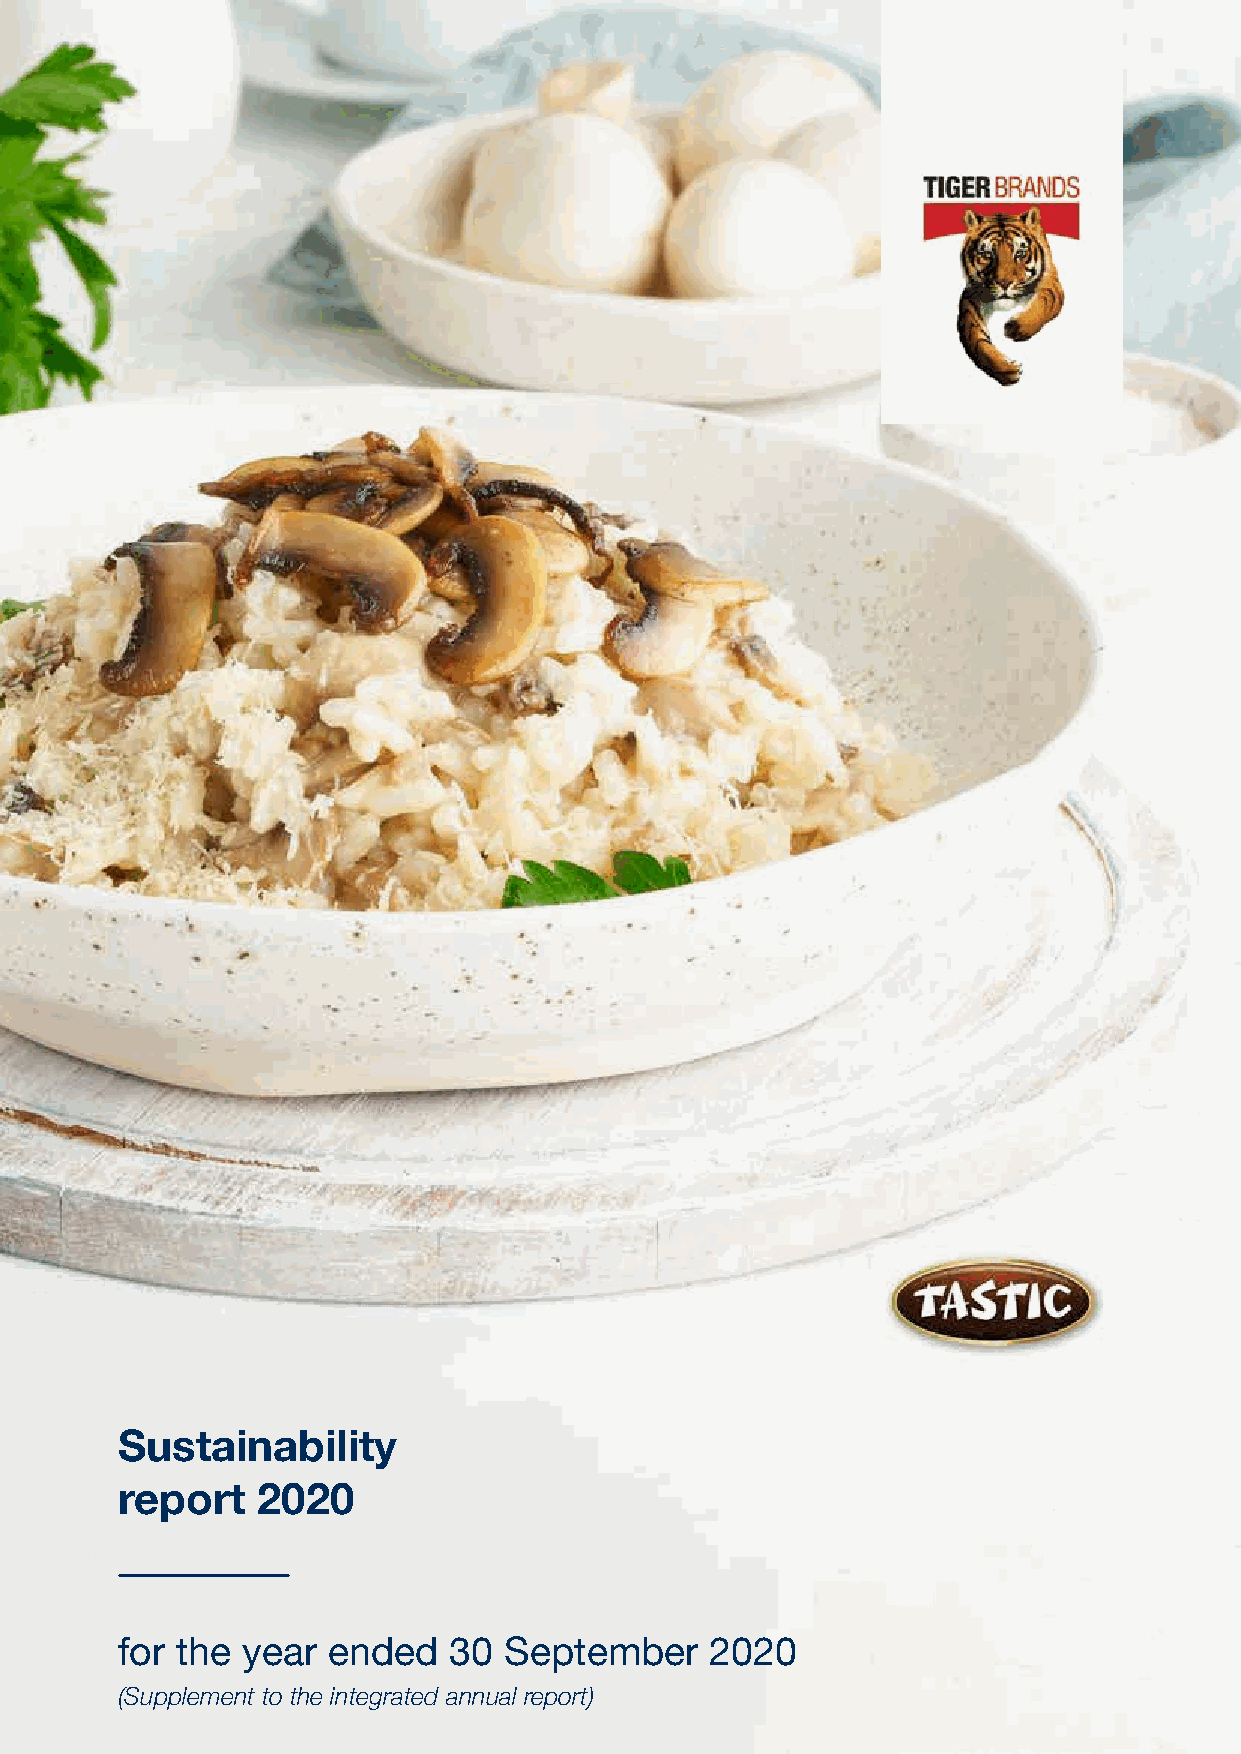
Sustainability
 report   2020
 for the year  ended   30 September     2020
 (Supplement to the integrated annual report)
 Tiger
 Brands
 Limited
 Sustainability
 report
 2020